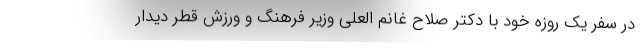
در سفر یک روزه خود با دکتر صلاح غانم العلی وزیر فرهنگ و ورزش قطر دیدار